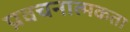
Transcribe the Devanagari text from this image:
प्रवचनात्मकता